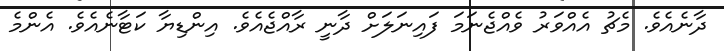
ދާނެއެވެ. މެޗު އެއްވަރު ވެއްޖެނަމަ ފައިނަލަށް ދާނީ ރާއްޖެއެވެ. އިންޑިޔާ ކަޓާނެއެވެ. އެންމެ